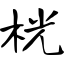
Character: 桄